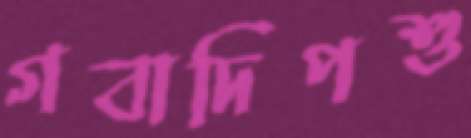
গবাদিপশু